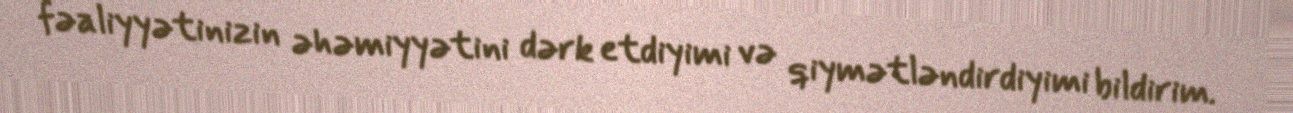
fəaliyyətinizin əhəmiyyətini dərk etdiyimi və qiymətləndirdiyimi bildirim.